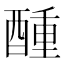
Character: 𮠵